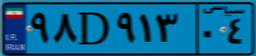
۴۷D۹۳۷۸۰